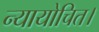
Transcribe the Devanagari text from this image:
न्यायोचित।